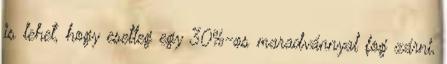
is lehet, hogy esetleg egy 30%-os maradvánnyal fog zárni,